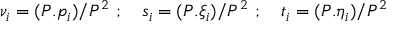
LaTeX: { \nu } _ { i } = ( P . p _ { i } ) / P ^ { 2 } \ ; \quad s _ { i } = ( P . \xi _ { i } ) / P ^ { 2 } \ ; \quad t _ { i } = ( P . \eta _ { i } ) / P ^ { 2 }